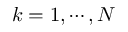
k = 1 , \cdots , N